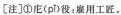
[注]①庀( pǐ )役：雇用工匠，